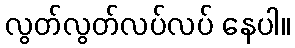
လွတ်လွတ်လပ်လပ် နေပါ။